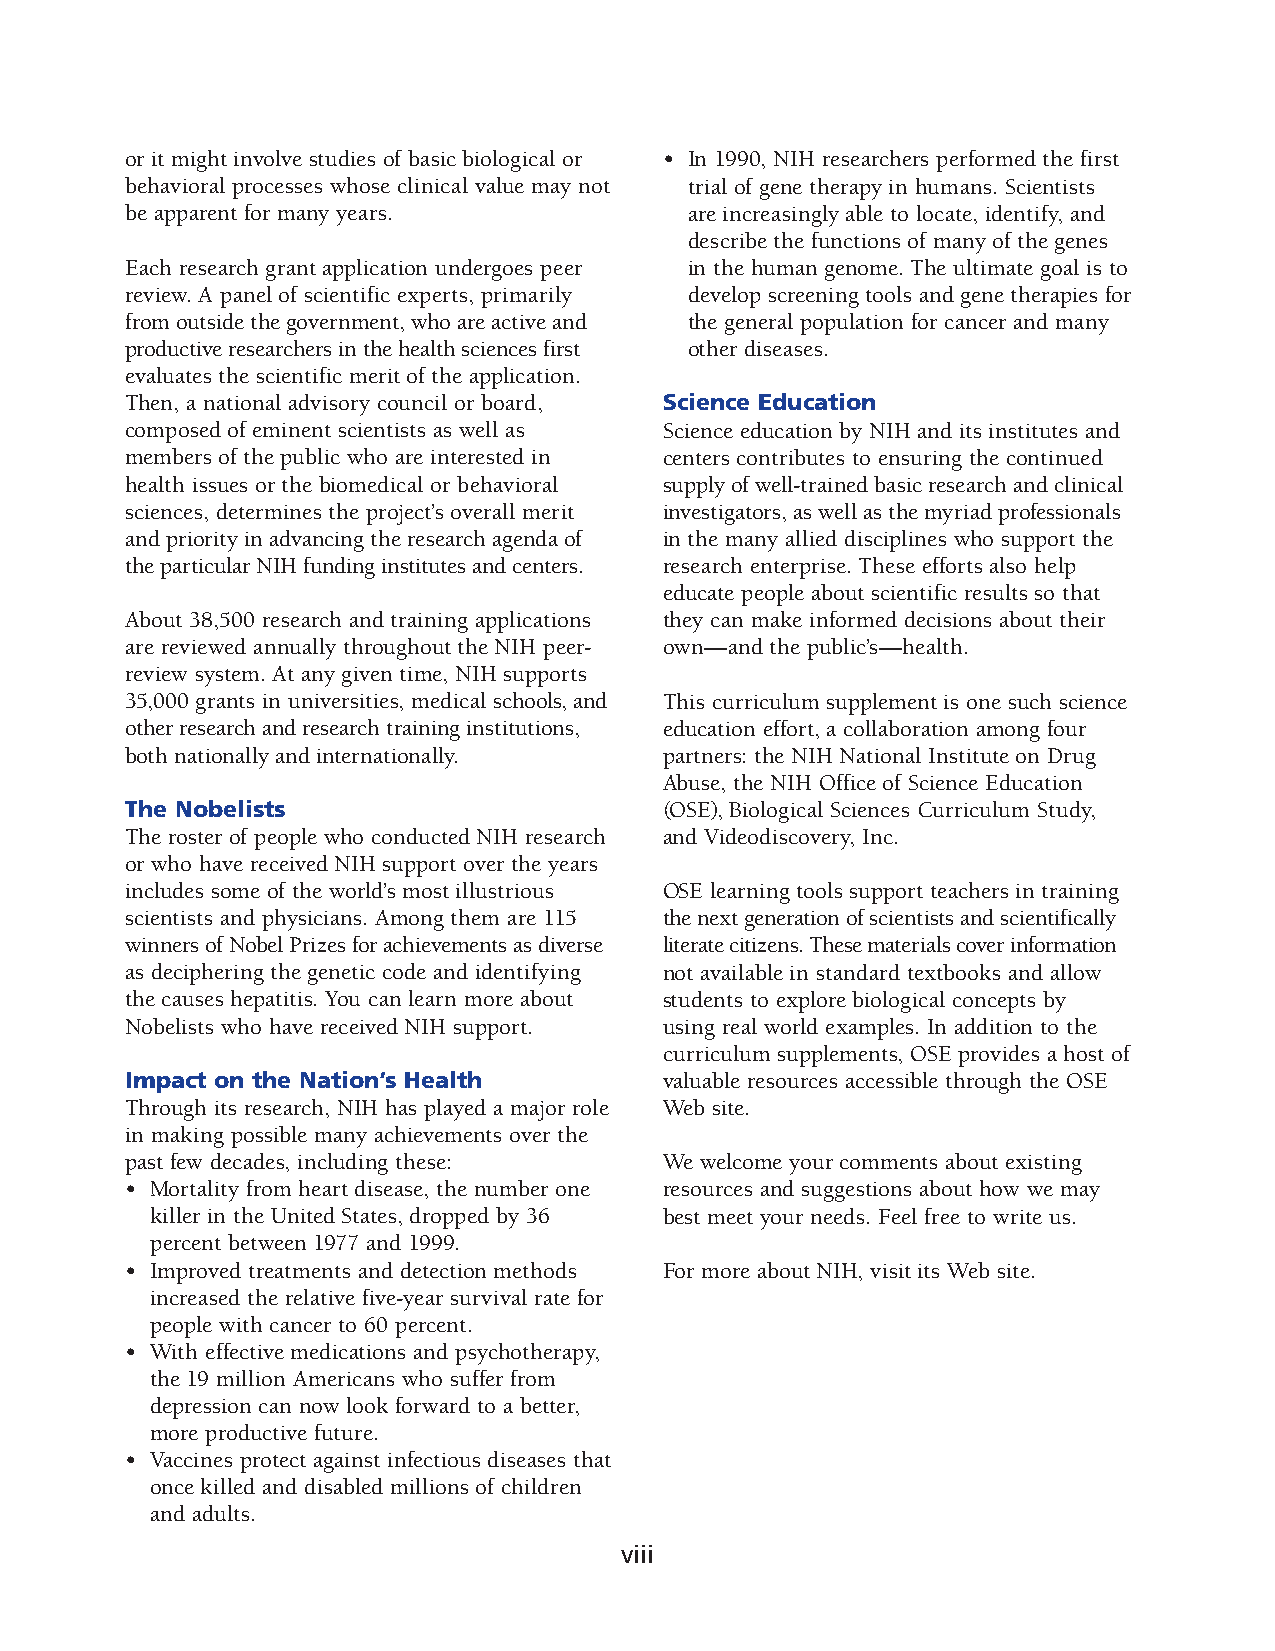
or it might involve studies of basic biological or • In 1990, NIH researchers performed the first
 behavioral processes whose clinical value may not trial of gene therapy in humans. Scientists
 be apparent for many years.           are increasingly able to locate, identify, and
 describe the functions of many of the genes
 Each research grant application undergoes peer in the human genome. The ultimate goal is to
 review. A panel of scientific experts, primarily develop screening tools and gene therapies for
 from outside the government, who are active and the general population for cancer and many
 productive researchers in the health sciences first other diseases.
 evaluates the scientific merit of the application.
 Then, a national advisory council or board, Science Education
 composed of eminent scientists as well as Science education by NIH and its institutes and
 members of the public who are interested in centers contributes to ensuring the continued
 health issues or the biomedical or behavioral supply of well-trained basic research and clinical
 sciences, determines the project’s overall merit investigators, as well as the myriad professionals
 and priority in advancing the research agenda of in the many allied disciplines who support the
 the particular NIH funding institutes and centers. research enterprise. These efforts also help
 educate people about scientific results so that
 About 38,500 research and training applications they can make informed decisions about their
 are reviewed annually throughout the NIH peer- own—and the public’s—health.
 review system. At any given time, NIH supports
 35,000 grants in universities, medical schools, and This curriculum supplement is one such science
 other research and research training institutions, education effort, a collaboration among four
 both nationally and internationally. partners: the NIH National Institute on Drug
 Abuse, the NIH Office of Science Education
 The Nobelists                       (OSE), Biological Sciences Curriculum Study,
 The roster of people who conducted NIH research and Videodiscovery, Inc.
 or who have received NIH support over the years
 includes some of the world’s most illustrious OSE learning tools support teachers in training
 scientists and physicians. Among them are 115 the next generation of scientists and scientifically
 winners of Nobel Prizes for achievements as diverse literate citizens. These materials cover information
 as deciphering the genetic code and identifying not available in standard textbooks and allow
 the causes hepatitis. You can learn more about students to explore biological concepts by
 Nobelists who have received NIH support. using real world examples. In addition to the
 curriculum supplements, OSE provides a host of
 Impact on the Nation’s Health       valuable resources accessible through the OSE
 Through its research, NIH has played a major role Web site.
 in making possible many achievements over the
 past few decades, including these:  We welcome your comments about existing
 • Mortality from heart disease, the number one resources and suggestions about how we may
 killer in the United States, dropped by 36 best meet your needs. Feel free to write us.
 percent between 1977 and 1999.
 • Improved treatments and detection methods For more about NIH, visit its Web site.
 increased the relative five-year survival rate for
 people with cancer to 60 percent.
 • With effective medications and psychotherapy,
 the 19 million Americans who suffer from
 depression can now look forward to a better,
 more productive future.
 • Vaccines protect against infectious diseases that
 once killed and disabled millions of children
 and adults.
 viii